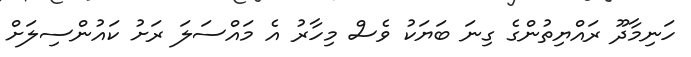
ހަނިމާދޫ ރައްޔިތުންގެ ގިނަ ބަޔަކު ވެސް މިހާރު އެ މައްސަލަ ރަށު ކައުންސިލަށް